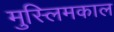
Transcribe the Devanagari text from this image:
मुस्लिमकाल